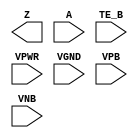
module sky130_fd_sc_hvl__einvn (
    Z   ,
    A   ,
    TE_B,
    VPWR,
    VGND,
    VPB ,
    VNB
);

    output Z   ;
    input  A   ;
    input  TE_B;
    input  VPWR;
    input  VGND;
    input  VPB ;
    input  VNB ;
endmodule